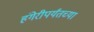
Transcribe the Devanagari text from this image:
हंगेरीपर्यंतच्या